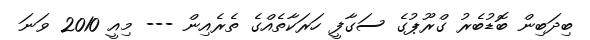
ބިދަބިން ބޮޑުބެރު ގްރޫޕުގެ ސަގާފީ ހަރަކާތެއްގެ ތެރެއިން --- މިއީ 2010 ވަނަ